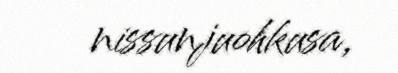
nissunjuohkusa,